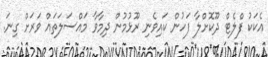
އެކަކު ފްލެޓް ދޫކޮށްލާ ފަހުން ކައިވެނި ރޫޅުމުން ދިމާވާ މައްސަލަތައް ވަރަށް ގިނަ.